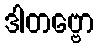
ဒါတဗ္ဗော